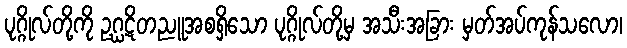
ပုဂ္ဂိုလ်တို့ကို ဥဂ္ဃဋိတညူအစရှိသော ပုဂ္ဂိုလ်တို့မှ အသီးအခြား မှတ်အပ်ကုန်သလော၊